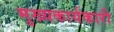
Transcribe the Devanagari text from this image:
मुख्यकार्यकारी